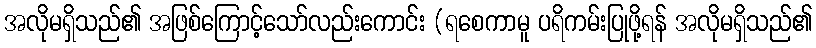
အလိုမရှိသည်၏ အဖြစ်ကြောင့်သော်လည်းကောင်း (ရစေကာမူ ပရိကမ်းပြုဖို့ရန် အလိုမရှိသည်၏